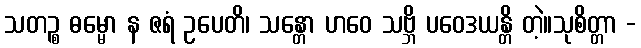
သတဉ္စ ဓမ္မော န ဇရံ ဥပေတိ၊ သန္တော ဟဝေ သဗ္ဘိ ပဝေဒယန္တိ တဲ့။သုစိတ္တာ -